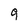
Character: 9